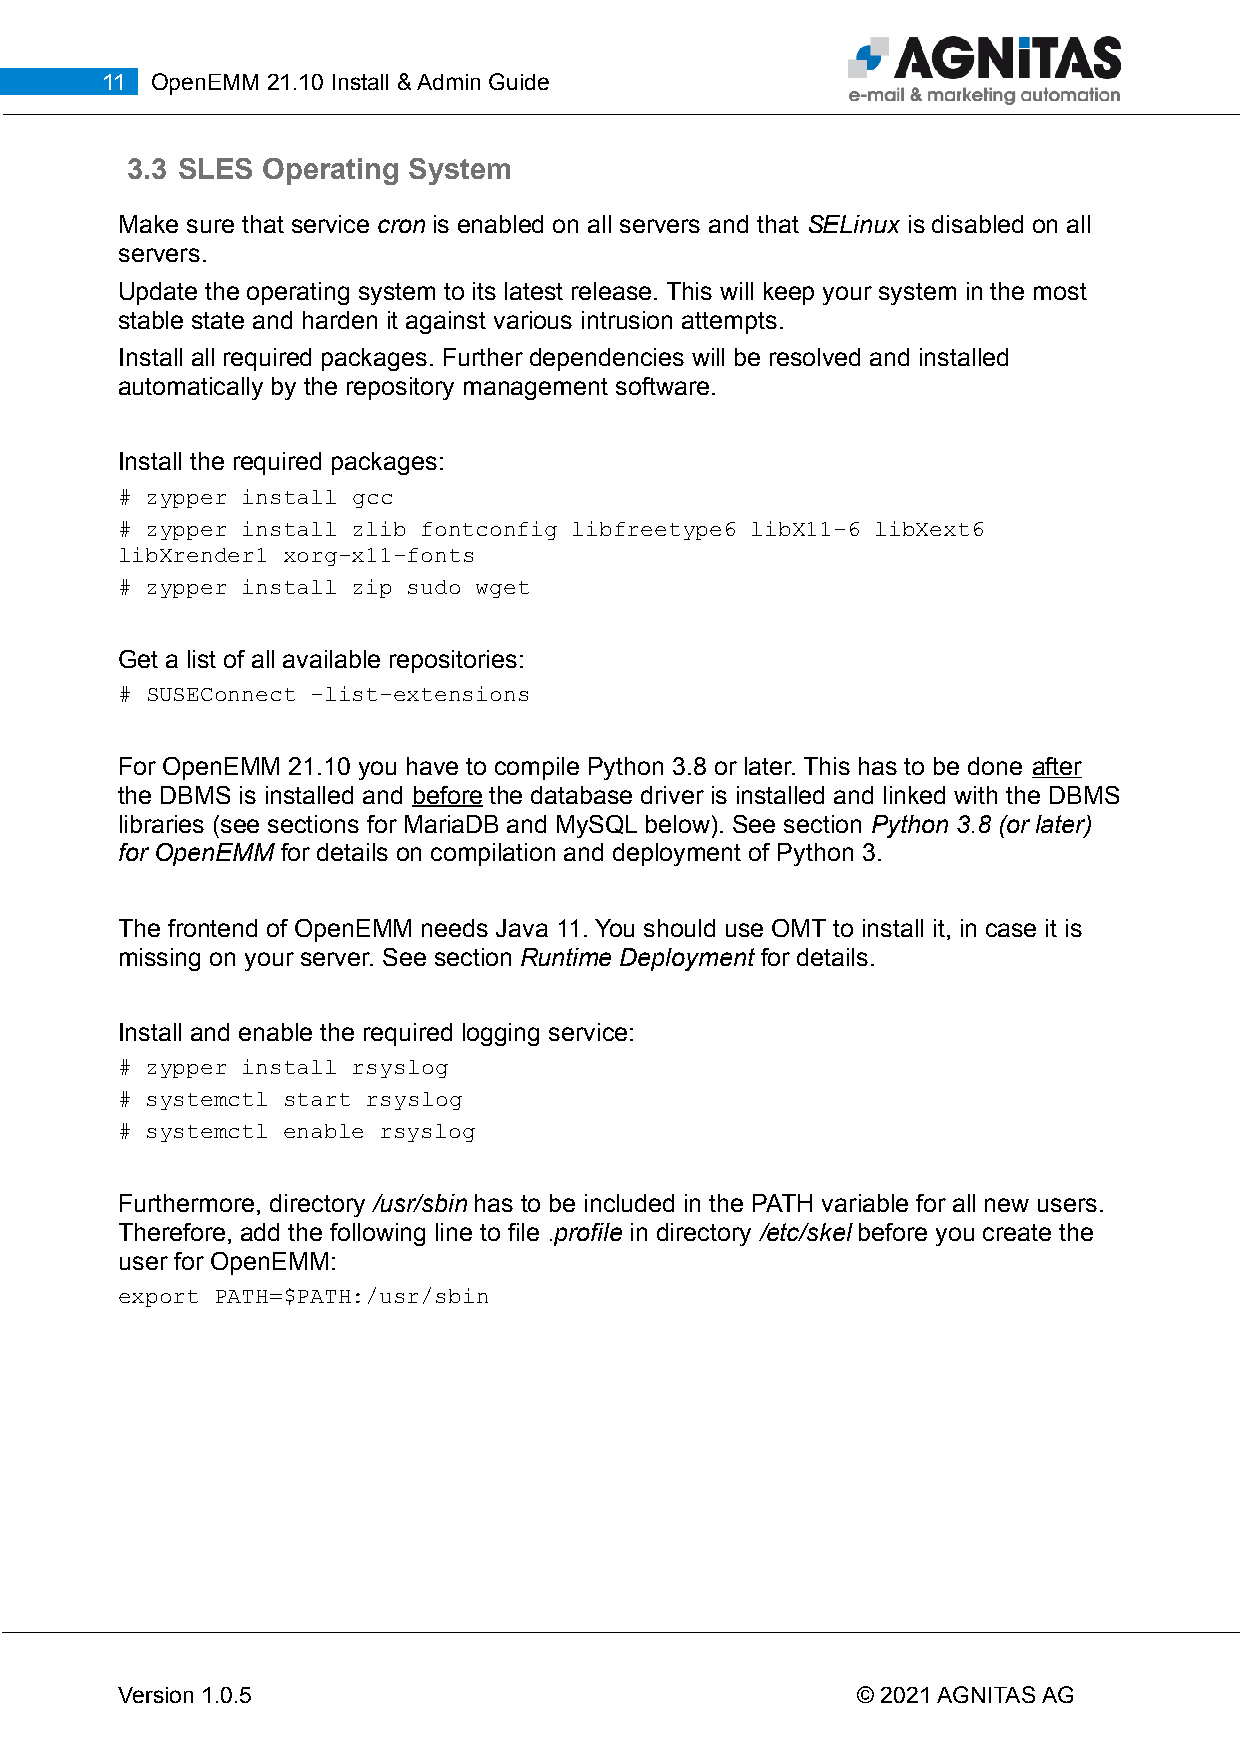
11 OpenEMM 21.10 Install & Admin Guide
 3.3 SLES Operating System
 Make sure that service cron is enabled on all servers and that SELinux is disabled on all
 servers.
 Update the operating system to its latest release. This will keep your system in the most
 stable state and harden it against various intrusion attempts.
 Install all required packages. Further dependencies will be resolved and installed
 automatically by the repository management software.
 Install the required packages:
 # zypper install gcc
 # zypper install zlib fontconfig libfreetype6 libX11-6 libXext6
 libXrender1 xorg-x11-fonts
 # zypper install zip sudo wget
 Get a list of all available repositories:
 # SUSEConnect -list-extensions
 For OpenEMM 21.10 you have to compile Python 3.8 or later. This has to be done after
 the DBMS is installed and before the database driver is installed and linked with the DBMS
 libraries (see sections for MariaDB and MySQL below). See section Python 3.8 (or later)
 for OpenEMM for details on compilation and deployment of Python 3.
 The frontend of OpenEMM needs Java 11. You should use OMT to install it, in case it is
 missing on your server. See section Runtime Deployment for details.
 Install and enable the required logging service:
 # zypper install rsyslog
 # systemctl start rsyslog
 # systemctl enable rsyslog
 Furthermore, directory /usr/sbin has to be included in the PATH variable for all new users.
 Therefore, add the following line to file .profile in directory /etc/skel before you create the
 user for OpenEMM:
 export PATH=$PATH:/usr/sbin
 Version 1.0.5                                    © 2021 AGNITAS AG